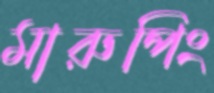
মারুপিং